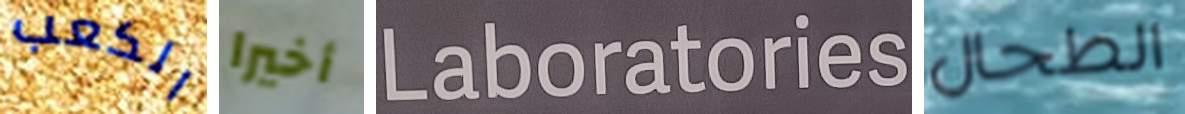
الكعب أخيرا Laboratories الطحال